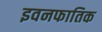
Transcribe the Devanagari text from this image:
इवनफातिक